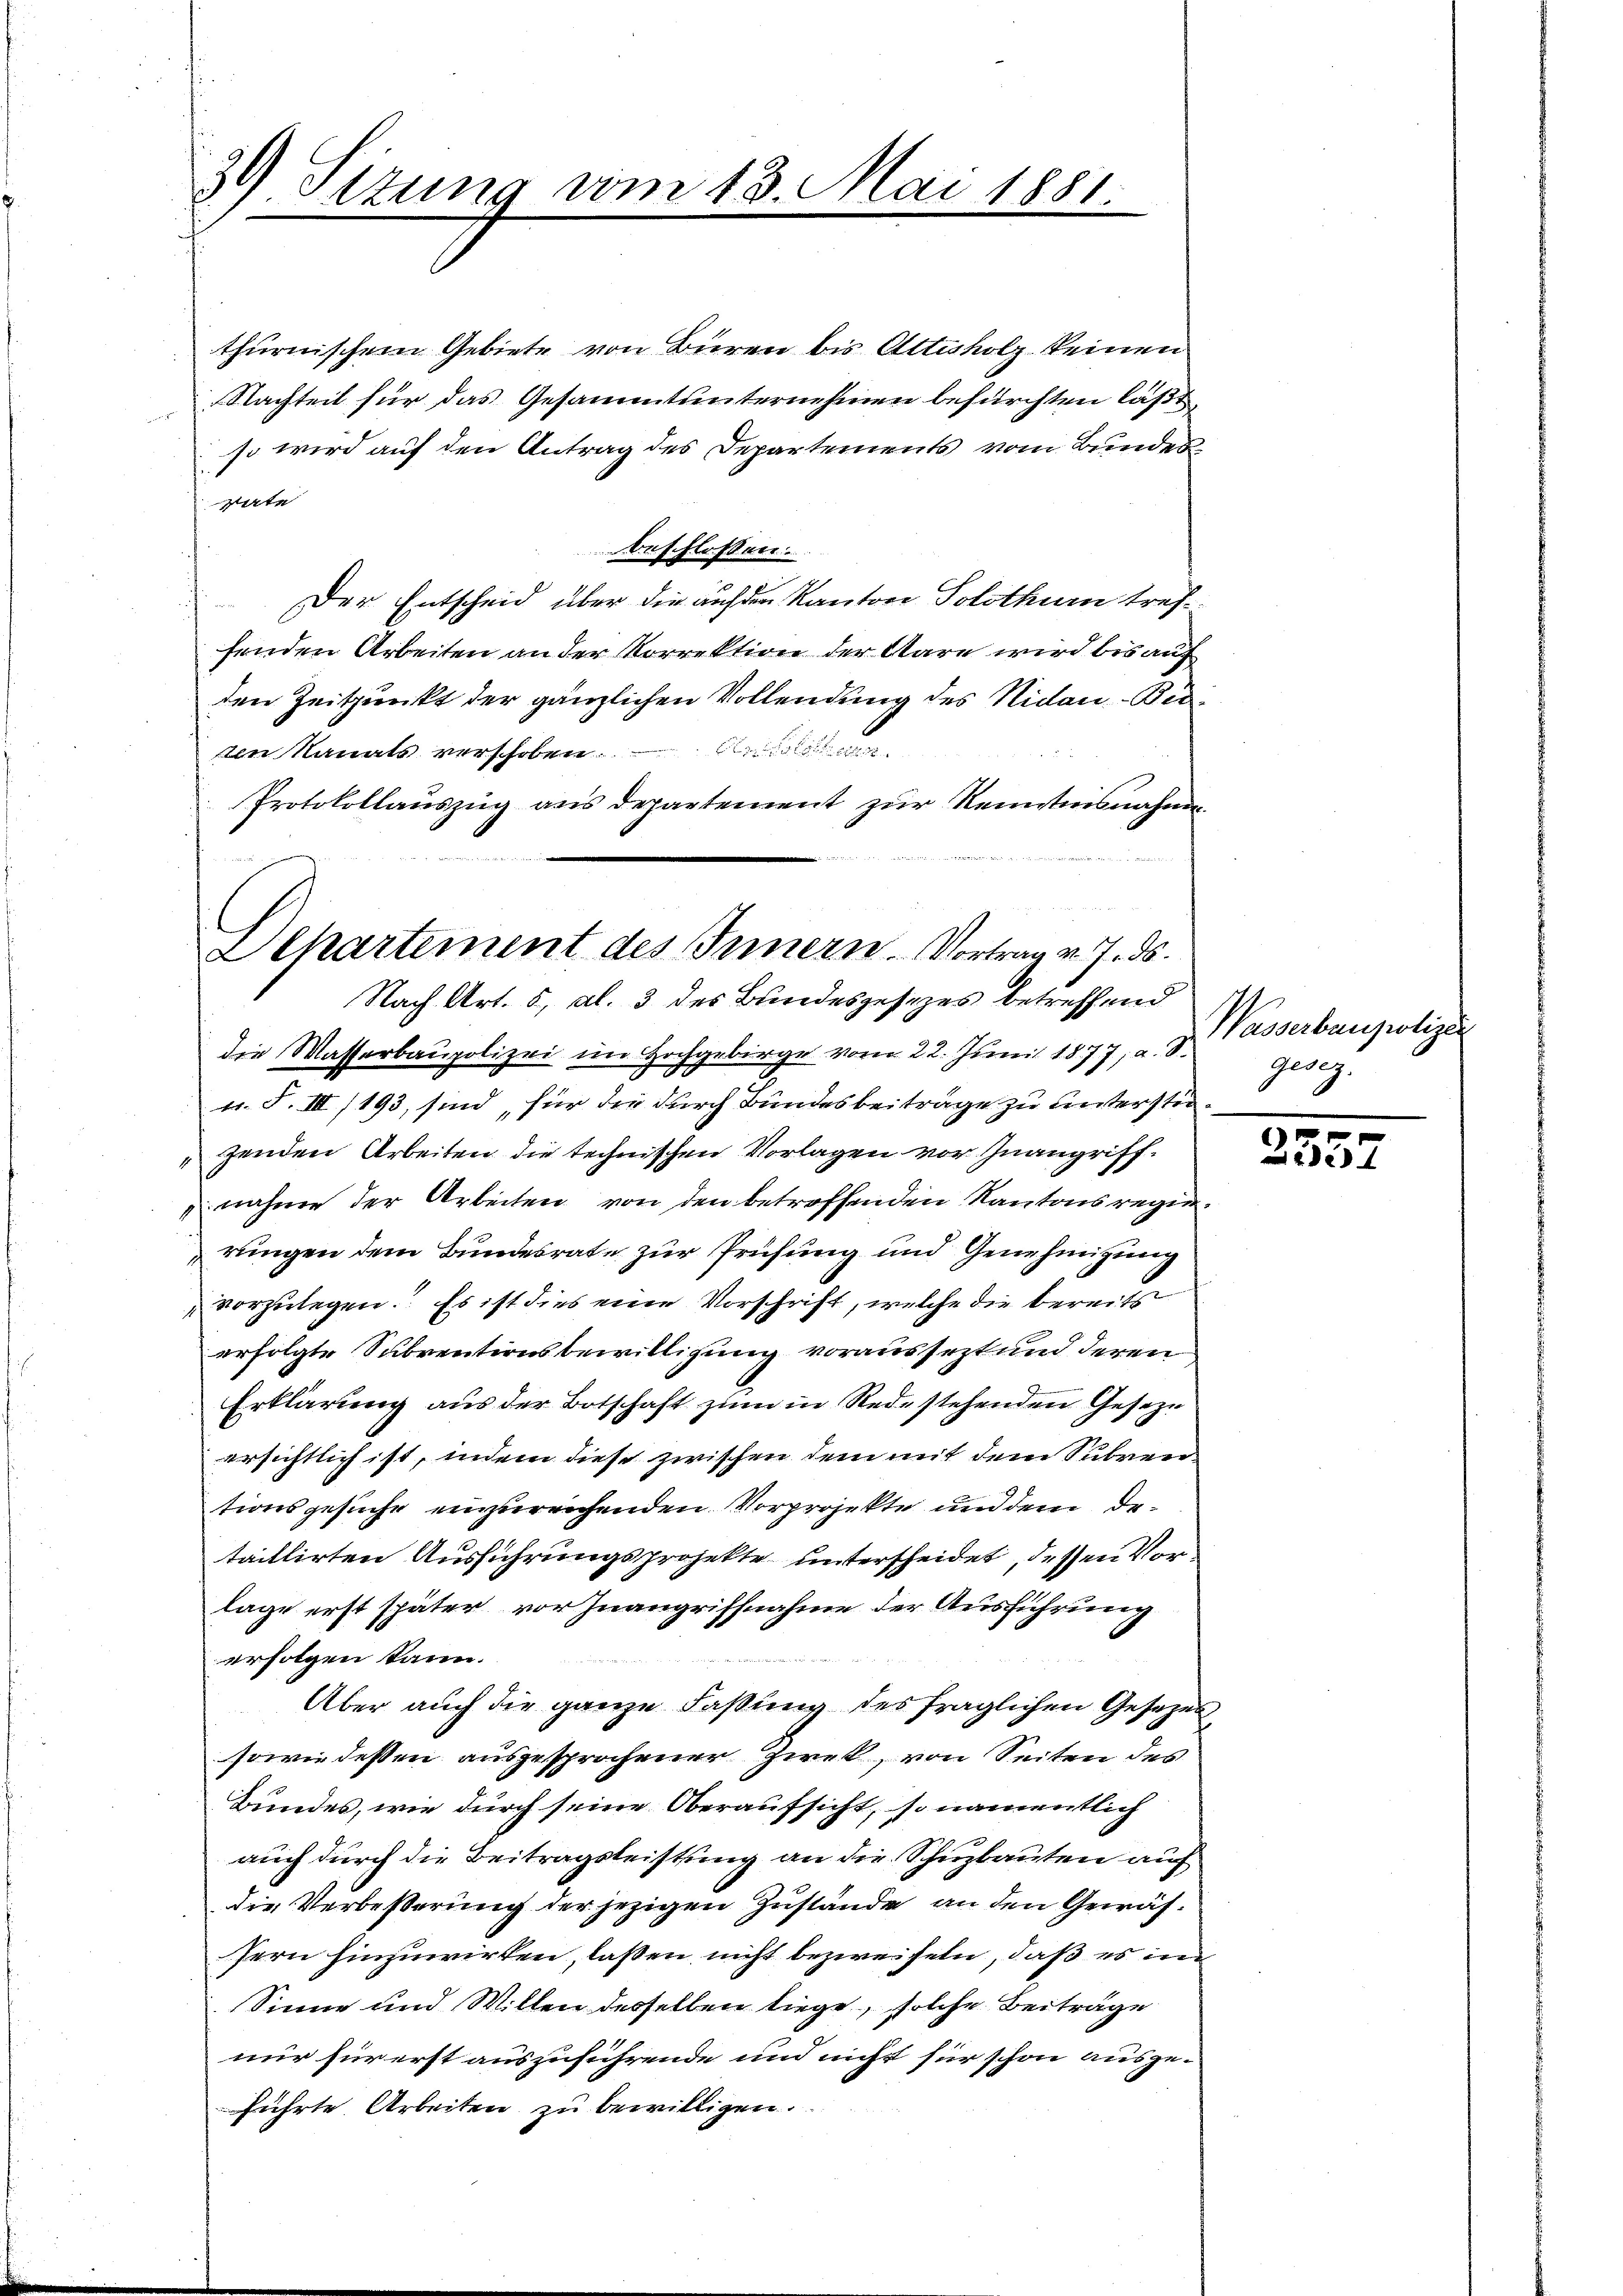
thurnischem Gebiete von Büren bis Attisholz keinen
Nachteil für das Gesammtunternehmen befürchten läßt,
so wird auf den Antrag des Departements vom Bundesvate
beschlossen:
Der Entscheid über die auf den Kanton Solothurn treffenden Arbeiten an der Korrektion der Aare wird bis auf
den Zeitpunkt der gänzlichen Vollendung des Nidau-Biren Nanats verschoben. Alle
Protokollauszug aus departement zur Kenntnisnahme.

39) Sitzung vom 13. Mai 1881.

Dehartement des Innern. Vortrag v. J. ds.
Nach Art. 5, Al. 3 des Bundesgesezes betreffend

die Wasserbaupolizei im Hochgebirge vom 22. Juni 1877; a. d.
u. F. III/193, sind, für die durch Bundesbeiträge zu hinterstegenden Arbeiten die technischen Vorlagen vor Inangriffnahme der Arbeiten von den betreffenden Kantonsregieringen dem Bundesrate zur Prüfung und Genehmigung
vorzulegen. Es ist dies eine Vorschrift, welche die bereits
erfolgte Subventionsbewilligung voraussezt und deren
Erklärung aus der Botschaft zum in Rede stehenden Geseze
ersichtlich ist, indem diese zwischen dem mit dem Subventionsgesuche einzureichenden Vorprojekte und dem Detaillirten Ausführungsprojekte unterscheidet, dessen Vorlage erst später vor Inangriffnahme der Ausführung
erfolgen kann.
Aber auch die ganze Fassung des fraglichen Gesetzen
sowie dessen ausgesprochener Zwek, von Seiten des
Bundes, wie durch seine Oberaufsicht, so namentlich
auch durch die Beitragsleistung an die Schuzbauten auf
die Verbesserung der jezigen Zustände an den Gewäsfern hinzuwirken, laßen nicht bezweifeln, daß es im
Sinne und Willen desselben liege, solche Beiträge
nur für erst auszuführende und nicht für schon ausge-
führte Arbeiten zu bewilligen.

Wasserbaupolizei
gesez.

37.
 22